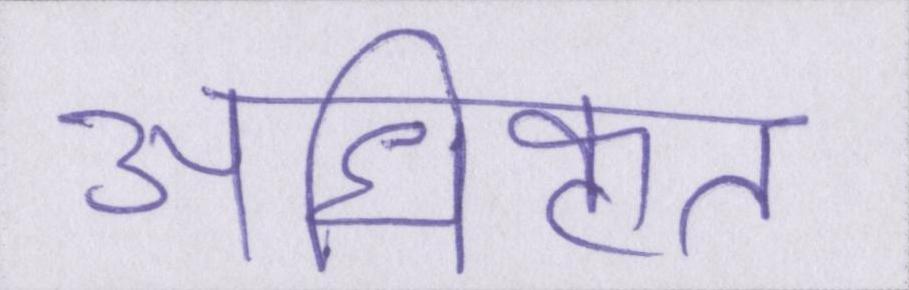
अधिकृत